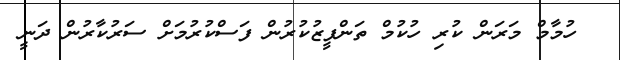
ހުމާމް މަރަން ކުރި ހުކުމް ތަންފީޒުކުރުން ފަސްކުރުމަށް ސަރުކާރުން ދަނީ